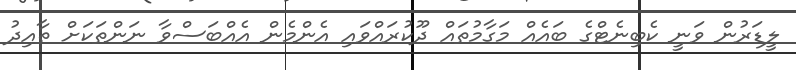
ލީޑަރުން ވަނީ ކެބިނެޓްގެ ބައެއް މަގާމުތައް ދޫކުރައްވައި އެންމެން އެއްބަސްވާ ނަންތަކަށް ތާއިދު